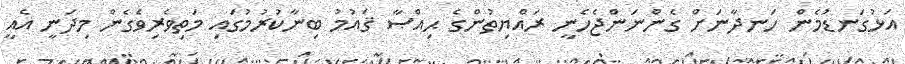
އަޅުގަނޑުމެން ހަނދާނަށް ގެންނަންޖެހެނީ ރައްޔިތުންގެ ޙިއްޞާ ޤައުމު ބިނާކުރުމުގައި މަތިވެރިވެގެން މިދަނީ އެއީ